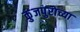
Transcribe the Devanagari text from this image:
कुंजपुराच्या